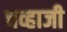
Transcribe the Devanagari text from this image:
चव्हाजी